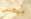
ويمكننى